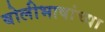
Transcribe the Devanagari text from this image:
बोलीभाषांच्या